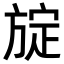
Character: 𪯻